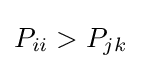
P_{ii}>P_{jk}